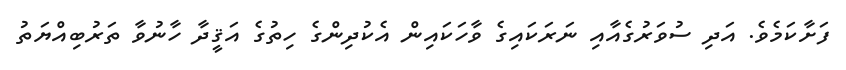
ފަށާކަމެވެ. އަދި ސުވަރުގެއާއި ނަރަކައިގެ ވާހަކައިން އެކުދިންގެ ހިތުގެ އަޤީދާ ހާނުވާ ތަރުބިއްޔަތު